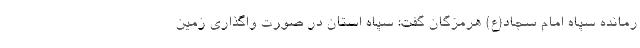
رمانده سپاه امام سجاد(ع) هرمزگان گفت: سپاه استان در صورت واگذاری زمین